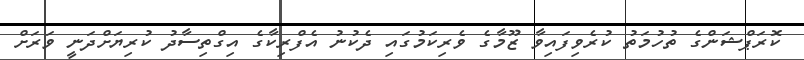
ކޮރަޕްޝަންގެ ތުހުމަތު ކުރެވިފައިވާ ޒޫމާގެ ވެރިކަމުގައި ދެކުނު އެފްރިކާގެ އިގްތިސާދު ކުރިޔަށްދަނީ ވަރަށް